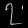
Digit: ၇